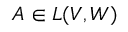
A \in L ( V , W )